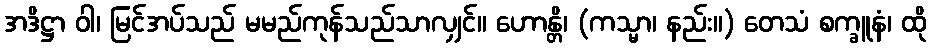
အဒိဋ္ဌာ ဝါ၊ မြင်အပ်သည် မမည်ကုန်သည်သာလျှင်။ ဟောန္တိ၊ (ကသ္မာ၊ နည်း။) တေသံ စက္ခူနံ၊ ထို